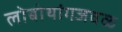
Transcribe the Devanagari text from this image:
लोबोथांगजवळ